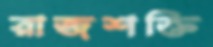
রাজশক্তি